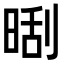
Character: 𣈛